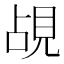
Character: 覘